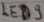
Text: LED9